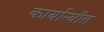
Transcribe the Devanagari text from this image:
कार्यान्‍वीत